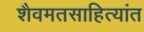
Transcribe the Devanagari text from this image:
शैवमतसाहित्यांत